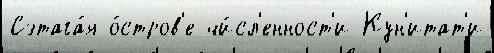
Сэтага́я о́стров'е чи́сл'енност'и Кун'итат'и